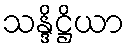
သန္ဒိဋ္ဌိယာ